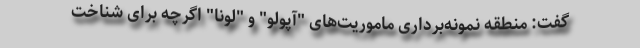
گفت: منطقه نمونه‌برداری ماموریت‌های "آپولو" و "لونا" اگرچه برای شناخت